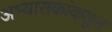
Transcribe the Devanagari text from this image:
अभ्यासकांकडून